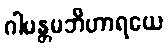
ဂါမန္တမဘိဟာရယေ